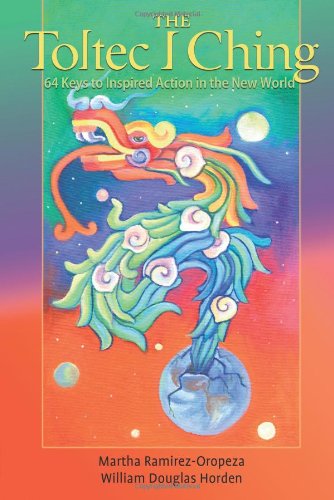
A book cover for The Toltec I Ching: 64 Keys to Inspired Action in the New World; Martha Ramirez-Oropeza; Religion & Spirituality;